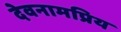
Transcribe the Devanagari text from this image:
देवनामप्रिय